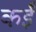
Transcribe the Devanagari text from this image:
कईँ